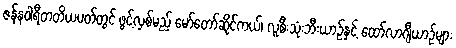
ဇန်နဝါရီတတိယပတ်တွင် ဖွင့်လှစ်မည် မော်တော်ဆိုင်ကယ်၊ လူစီးသုံးဘီးယာဉ်နှင့် ထော်လာဂျီယာဉ်များ